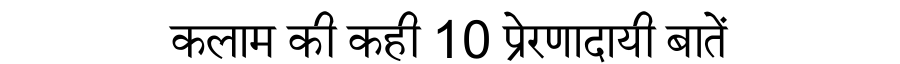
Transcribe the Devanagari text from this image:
कलाम की कही 10 प्रेरणादायी बातें